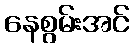
နေစွမ်းအင်